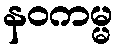
နဝကမ္မ